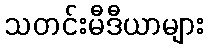
သတင်းမီဒီယာများ